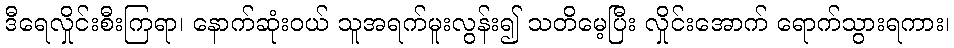
ဒီရေလှိုင်းစီးကြရာ၊ နောက်ဆုံးဝယ် သူအရက်မူးလွန်း၍ သတိမေ့ပြီး လှိုင်းအောက် ရောက်သွားရကား၊